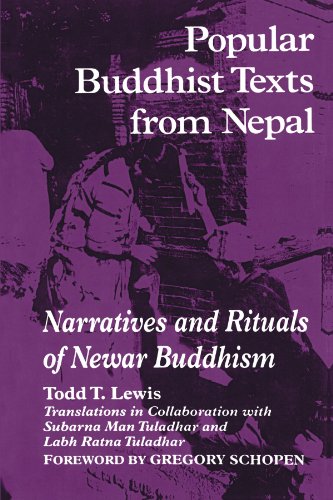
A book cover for Popular Buddhist Texts from Nepal: Narratives and Rituals of Newar Buddhism; Todd Thornton Lewis; Religion & Spirituality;